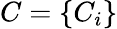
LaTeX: C=\{ C_{i}\}